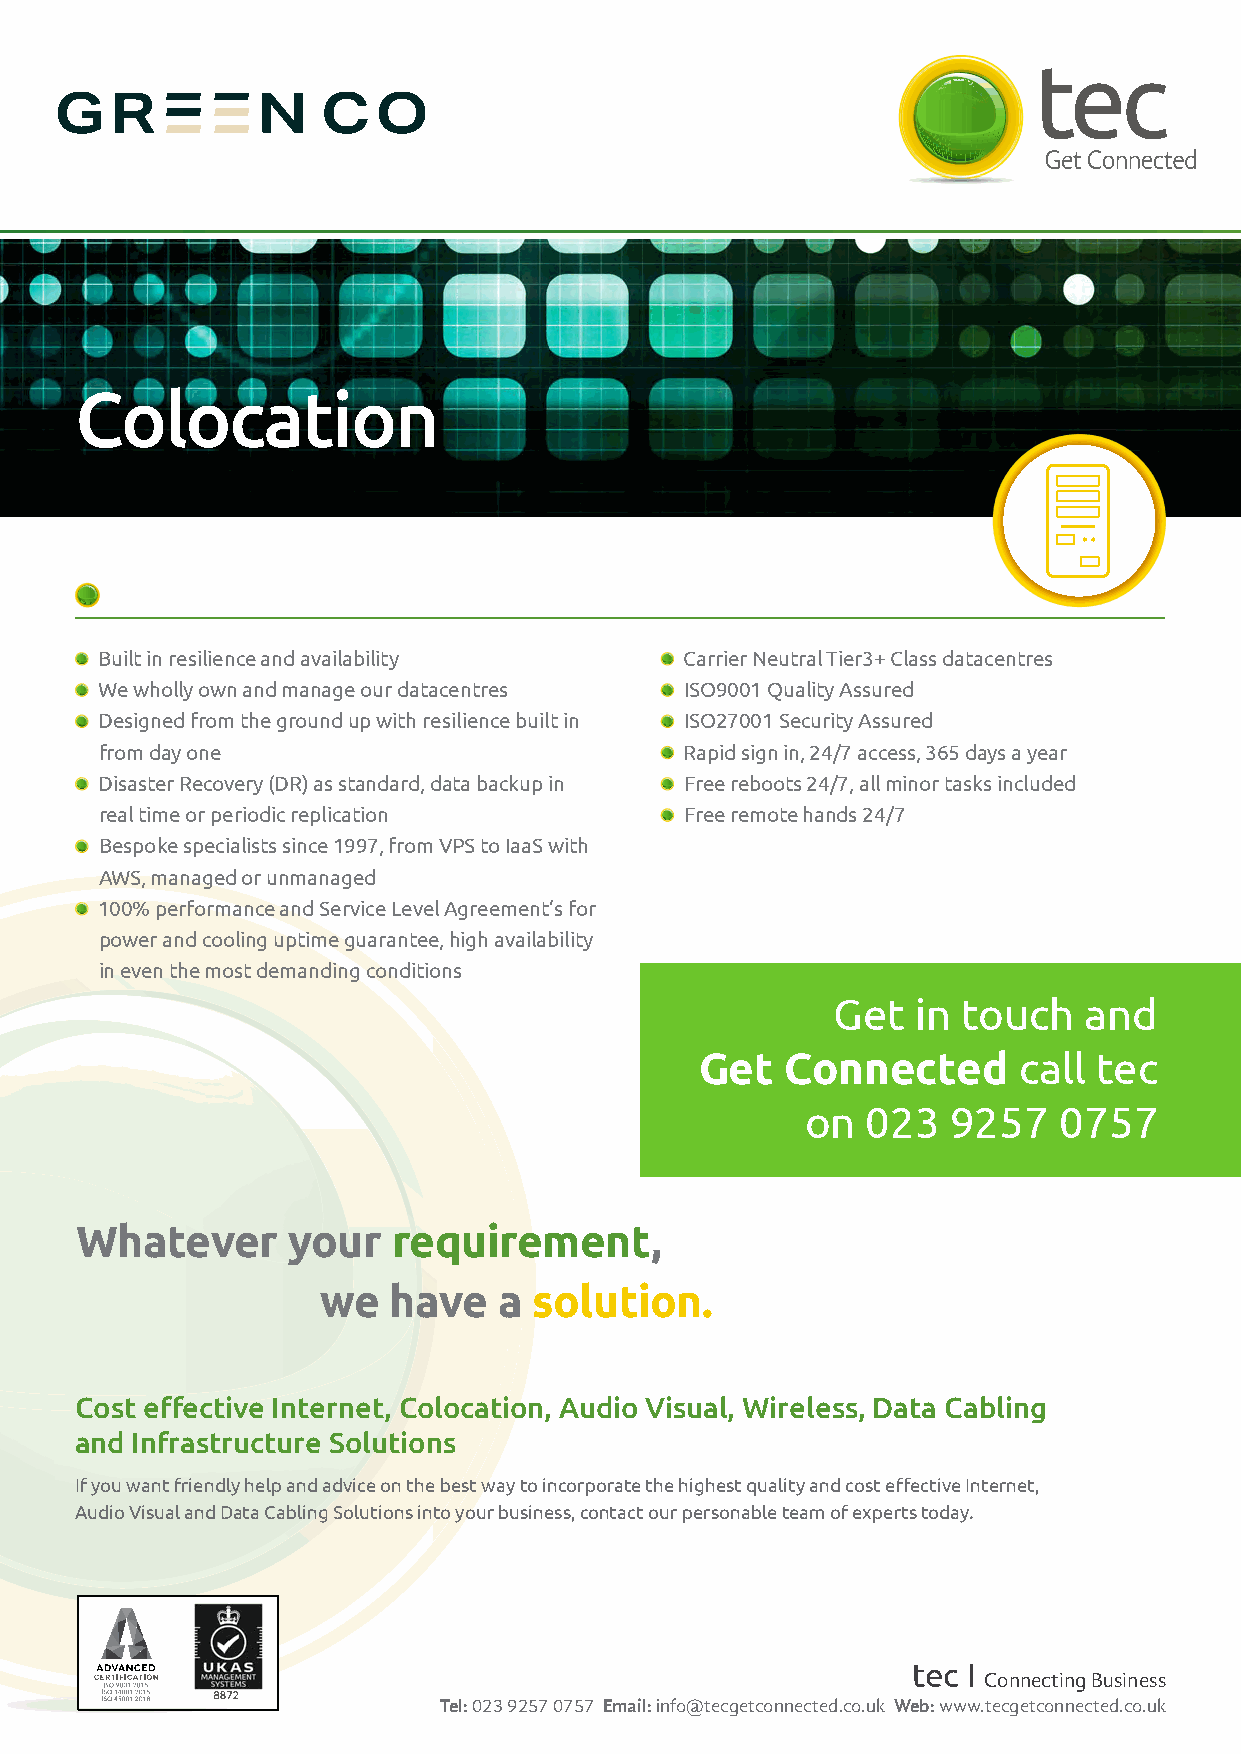
Colocation
 Built in resilience and availability  Carrier Neutral Tier3+ Class datacentres
 We wholly own and manage our datacentres ISO9001 Quality Assured
 Designed from the ground up with resilience built in ISO27001 Security Assured
 from day one                          Rapid sign in, 24/7 access, 365 days a year
 Disaster Recovery (DR) as standard, data backup in Free reboots 24/7, all minor tasks included
 real time or periodic replication     Free remote hands 24/7
 Bespoke specialists since 1997, from VPS to IaaS with
 AWS, managed or unmanaged
 100% performance and Service Level Agreement’s for
 power and cooling uptime guarantee, high availability
 in even the most demanding conditions
 Get   in touch   and
 Get   Connected      call  tec
 on  023   9257   0757
 Whatever      your   requirement,
 we   have   a solution.
 Cost eff ective Internet, Colocation, Audio Visual, Wireless, Data Cabling
 and Infrastructure Solutions
 If you want friendly help and advice on the best way to incorporate the highest quality and cost eff ective Internet,
 Audio Visual and Data Cabling Solutions into your business, contact our personable team of experts today.
 tec I
 Connecting Business
 Tel: 023 9257 0757 Email: info@tecgetconnected.co.uk Web: www.tecgetconnected.co.uk